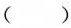
( )